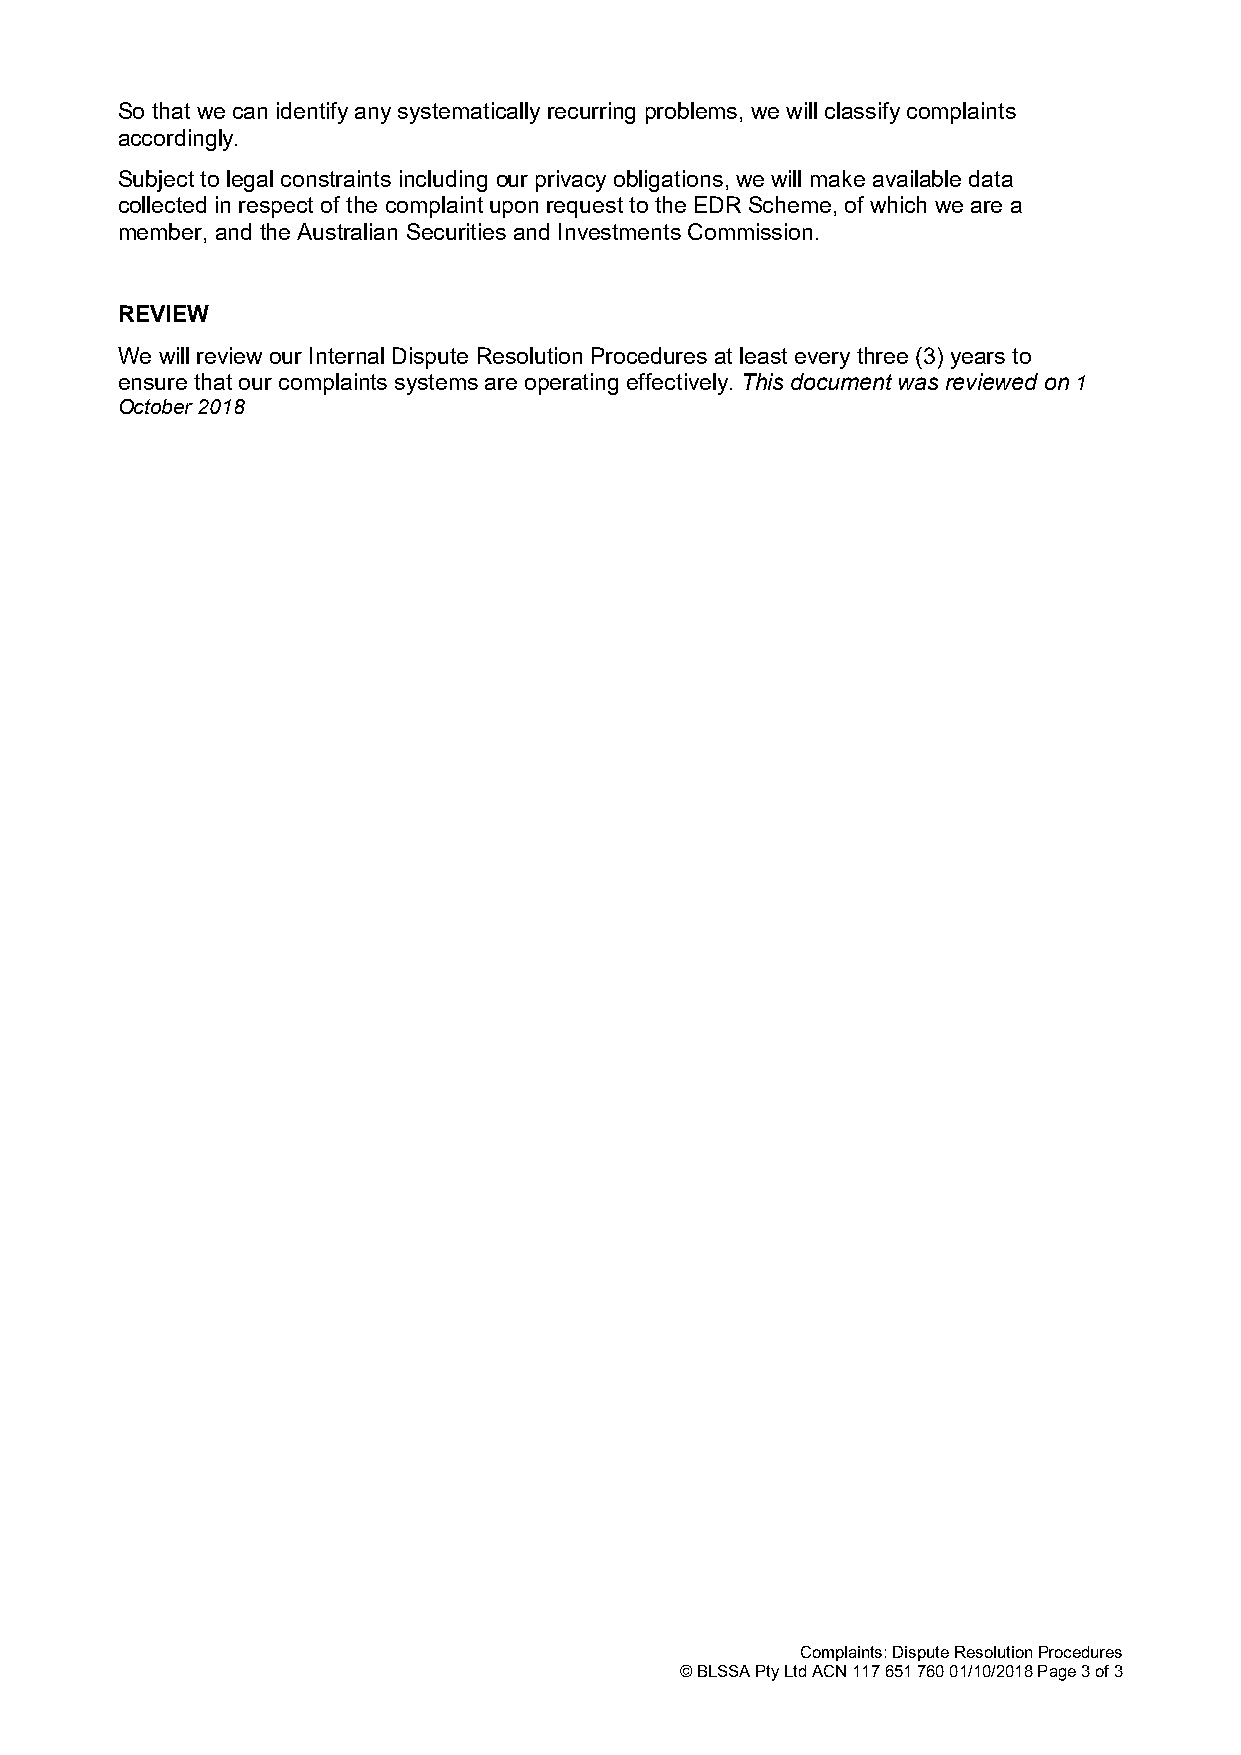
So that we can identify any systematically recurring problems, we will classify complaints
 accordingly.
 Subject to legal constraints including our privacy obligations, we will make available data
 collected in respect of the complaint upon request to the EDR Scheme, of which we are a
 member, and the Australian Securities and Investments Commission.
 REVIEW
 We will review our Internal Dispute Resolution Procedures at least every three (3) years to
 ensure that our complaints systems are operating effectively. This document was reviewed on 1
 October 2018
 Complaints: Dispute Resolution Procedures
 © BLSSA Pty Ltd ACN 117 651 760 01/10/2018 Page 3 of 3